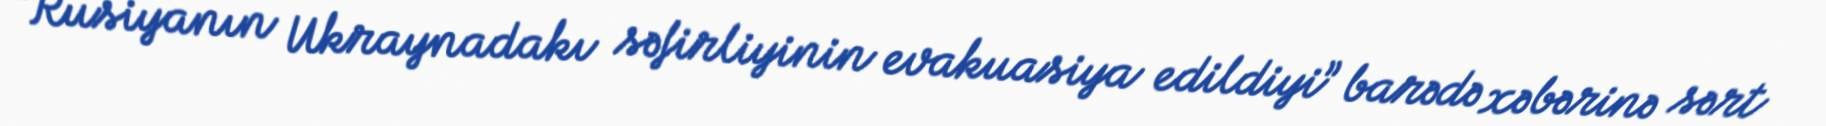
“Rusiyanın Ukraynadakı səfirliyinin evakuasiya edildiyi” barədə xəbərinə sərt